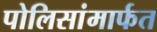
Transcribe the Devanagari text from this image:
पोलिसांमार्फत